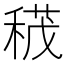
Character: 𥠏